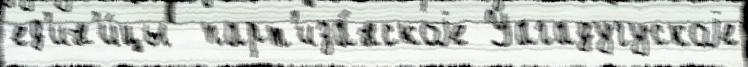
ед'ин'и́цы  парт'иза́нскоjе Уагадугускоjе